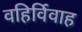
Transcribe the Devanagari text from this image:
वहिर्विवाह